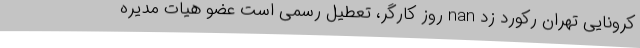
کرونایی تهران رکورد زد nan روز کارگر، تعطیل رسمی‌ است عضو هیات مدیره